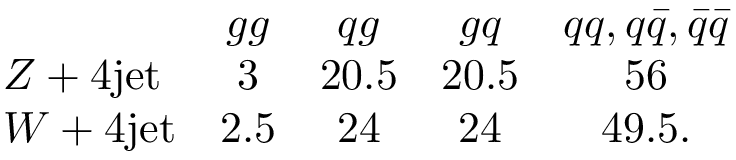
\begin{array} { l c c c c } { { } } & { { g g } } & { { q g } } & { { g q } } & { { q q , q \bar { q } , \bar { q } \bar { q } } } \\ { { Z + 4 \mathrm { j e t } } } & { { 3 } } & { { 2 0 . 5 } } & { { 2 0 . 5 } } & { { 5 6 } } \\ { { W + 4 \mathrm { j e t } } } & { { 2 . 5 } } & { { 2 4 } } & { { 2 4 } } & { { 4 9 . 5 . } } \end{array}